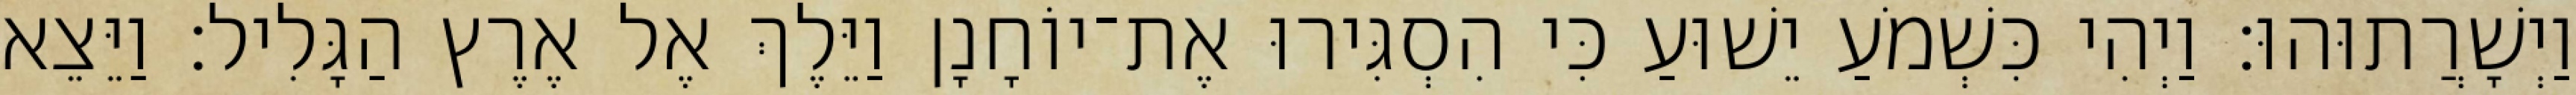
וַיְשָׁרֲתוּהוּ׃ וַיְהִי כִּשְׁמֹעַ יֵשׁוּעַ כִּי הִסְגִּירוּ אֶת־יוֹחָנָן וַיֵּלֶךְ אֶל אֶרֶץ הַגָּלִיל׃ וַיֵּצֵא